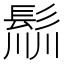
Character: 𩭁